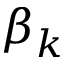
\beta _ { k }